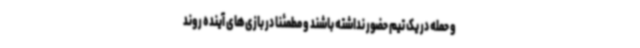
و حمله در یک تیم حضور نداشته باشند و مطمئنا در بازی‌های آینده روند